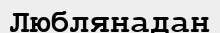
Люблянадан